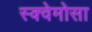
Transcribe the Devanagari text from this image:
स्क्वेमोसा